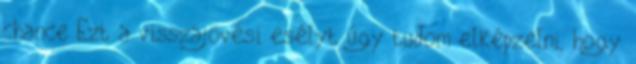
chance Ezt a visszajövési esélyt úgy tudom elképzelni, hogy